Report of the King Institute of Preventive Medicine, Guindy
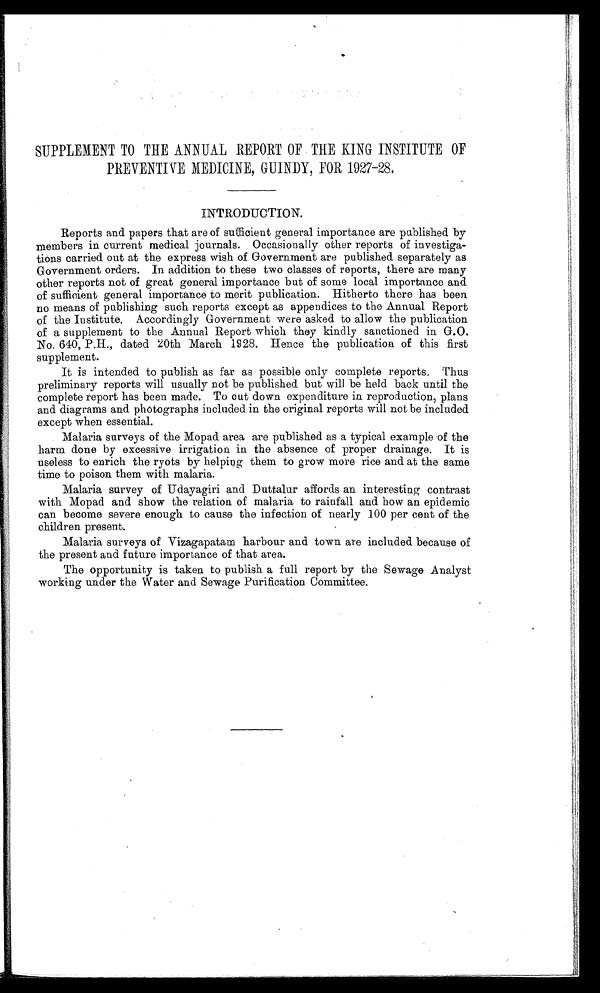
SUPPLEMENT TO THE ANNUAL REPORT OF THE KING INSTITUTE OF
PREVENTIVE MEDICINE, GUINDY, FOR 1927-28.
INTRODUCTION.
Reports and papers that are of sufficient general importance are published by
members in current medical journals. Occasionally other reports of investiga-
tions carried out at the express wish of Government are published separately as
Government orders. In addition to these two classes of reports, there are many
other reports not of great general importance but of some local importance and
of sufficient general importance to merit publication. Hitherto there has been
no means of publishing such reports except as appendices to the Annual Report
of the Institute. Accordingly Government were asked to allow the publication
of a supplement to the Annual Report which they kindly sanctioned in G.O.
No. 640, P.H., dated 20th March 1928. Hence the publication of this first
supplement.
It is intended to publish as far as possible only complete reports. Thus
preliminary reports will usually not be published but will be held back until the
complete report has been made. To cut down expenditure in reproduction, plans
and diagrams and photographs included in the original reports will not be included
except when essential.
Malaria surveys of the Mopad area are published as a typical example of the
harm done by excessive irrigation in the absence of proper drainage. It is
useless to enrich the ryots by helping them to grow more rice and at the same
time to poison them with malaria.
Malaria survey of Udayagiri and Duttalur affords an interesting contrast
with Mopad and show the relation of malaria to rainfall and how an epidemic
can become severe enough to cause the infection of nearly 100 per cent of the
children present.
Malaria surveys of Vizagapatam harbour and town are included because of
the present and future importance of that area.
The opportunity is taken to publish a full report by the Sewage Analyst
working under the Water and Sewage Purification Committee.